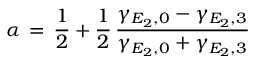
\alpha \, = \, \frac { 1 } { 2 } + \frac { 1 } { 2 } \, \frac { \gamma _ { E _ { 2 } , 0 } - \gamma _ { E _ { 2 } , 3 } } { \gamma _ { E _ { 2 } , 0 } + \gamma _ { E _ { 2 } , 3 } }